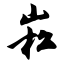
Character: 崧